Report on vaccination in Madras 1922-1929 - 1922-1929
Year: 1922
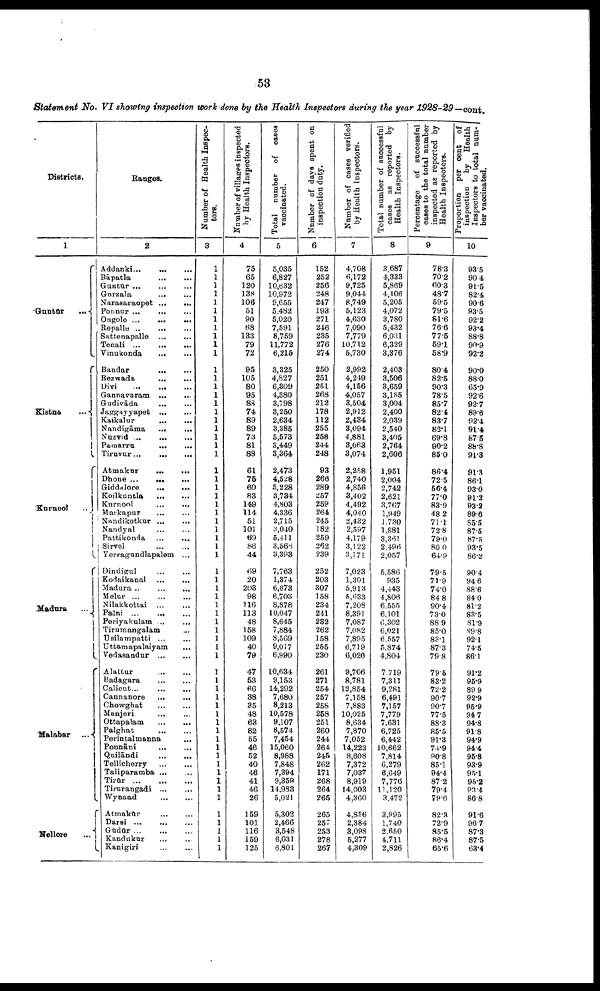
53
Statement No. VI showing inspection work done by the Health Inspectors during the year 1928-29—cont.
Districts.
1
Guntūr …
Kistna
...
Kurnool
...
Madura ...
Malabar ...
Nellore ...
Ranges.
2
Addanki ...
…
…
Bāpatla
…
…
Guntūr ...
... ...
Gurzala
...
... ...
Narasaraopet
...
...
Ponnur ... ... ...
Ongole
...
...
...
Repalle
...
...
...
Sattenapalle
...
...
Tenali
...
...
...
Vinukonda ... ...
Bandar
...
...
Bezwada
...
...
Divi
...
...
...
Gannavaram
...
...
Gudivāda
…
…
Jaggayyapet … …
Kaikalur
...
...
Nandigāma
...
...
Nuzvid … … …
Pamarru
…
…
Tiruvur … … …
Atmakur
…
…
Dhone ...
...
...
Giddalore
…
…
Koilkuntla … …
Kurnool
...
...
Markapur
…
…
Nandikotkur … …
Nandyal … …
Pattikonda
…
…
Sirvel … …
Yerragundlapalem ...
Dindigul
…
…
Kodaikanal
…
…
Madura ... … …
Melur ...
…
…
Nilakkottai … …
Palni
…
…
…
Periyakulam … …
Tirumangalam …
Usilampatti … …
Uttamapalaiyam
...
Vedasandur … …
Alattur
…
…
Badagara
...
...
Calicut ...
…
…
Cannanore
...
...
Chowghat … …
Manjeri
…
…
Ottapalam
...
...
Palghat
…
…
Perintalmanna …
Ponnāni
…
…
Quilāndi
...
...
Tellicherry
…
…
Taliparamba … …
Tirūr
…
…
…
Tirurangadi … …
Wynaad
…
…
Atmakūr
...
...
Darsi
...
...
...
Gūdūr … … …
Kandukur … …
Kanigiri … …
Number of Health Inspec
tors.
3
1
1
1
1
1
1
1
1
1
1
1
1
1
1
1
1
1
1
1
1
1
1
1
1
1
1
1
1
1
1
1
1
1
1
1
1
1
1
1
1
1
1
1
1
1
1
1
1
1
1
1
1
1
1
1
1
1
1
1
1
1
1
1
1
1
Number of villages inspected
by Health Inspectors.
4
75
65
120
138
106
51
90
68
133
79
72
95
105
80
95
88
74
89
89
73
81
88
61
75
60
83
149
114
51
101
69
86
44
69
20
203
98
116
113
48
158
109
40
79
47
53
66
38
35
48
63
82
55
46
52
40
46
41
46
26
159
101
116
159
125
Total number of cases
vaccinated.
5
5,035
6,827
10,632
10,972
9,655
5,482
5,020
7,591
8,759
11,772
6,215
3,325
4,827
6,309
4,380
3,798
3,250
2,634
3,385
5,573
3,449
3,364
2,473
4,528
5,228
3,734
4,803
4,336
2,715
3,040
5,411
3,566
3,393
7,763
1,374
6,673
6,703
8,878
10,047
8,645
7,884
8,569
9,017
6,990
10,634
9,153
14,292
7,680
8,213
10,578
9,107
8,574
7,454
15,060
8,988
7,848
7,394
9,359
14,983
5,021
5,302
2,466
3,548
6,031
6,801
Number of days spent on
inspection duty.
6
152
252
256
248
247
193
271
246
235
276
274
250
251
251
268
212
178
112
255
258
244
248
93
266
289
257
259
264
245
182
259
262
239
252
203
307
158
234
241
232
262
158
255
230
261
271
254
257
258
258
251
260
244
264
245
262
171
268
264
265
265
257
253
278
267
Number of cases verified
by Health Inspectors.
7
4,708
6,172
9,725
9,044
8,749
5,123
4,630
7,090
7,779
10,712
5,730
2,992
4,249
4,156
4,057
3,504
2,912
2,434
3,094
4,881
3,063
3,074
2,258
2,740
4,856
3,402
4,492
4,040
2,432
2,597
4,179
3,122
3,171
7,023
1,301
5,913
5,633
7,208
8,391
7,087
7,082
7,895
6,719
6,020
9,706
8,781
12,854
7,158
7,883
10,025
8,634
7,870
7,052
14,223
8,608
7,372
7,037
8,919
14,003
4,360
4,856
2,384
3,098
5,277
4,309
Total number of successful
cases as reported by
Health Inspectors.
8
3,687
4,333
5,869
4,406
5,205
4,072
3,780
5,432
6,031
6,329
3,376
2,403
3,506
3,659
3,185
3,004
2,400
2,039
2,540
3,405
2,764
2,606
1,951
2,004
2,742
2,621
3,767
1,949
1,730
1,881
3,361
2,496
2,057
5,586
935
4,443
4,806
6,555
6,101
6,302
6,021
6,557
5,874
4,804
7,719
7,311
9,281
6,491
7,157
7,779
7,631
6,725
6,442
10,662
7,814
6,279
6,649
7,776
11,120
3,472
3,995
1,740
2,650
4,711
2,826
Percentage of successful
cases to the total number
inspected as reported by
Health Inspectors.
9
78.3
70.2
60.3
48.7
59.5
79.5
81.6
76.6
77.5
59.1
58.9
80.4
82.5
90.3
78.5
85.7
82.4
83.7
82.1
69.8
90.2
85.0
86.4
72.5
56.4
77.0
83.9
48.2
71.1
72.8
79.0
80.0
64.9
79.5
71.9
74.0
84.8
90.4
73.0
88.9
85.0
83.1
87.3
79.8
79.5
83.2
72.2
90.7
90.7
77.5
88.3
85.5
91.3
74.9
90.8
85.1
94.4
87.2
79.4
79.6
82.3
72.9
85.5
86.4
65.6
Proportion per cent of
inspection
by Health
Inspectors to total num¬
ber vaccinated.
10
93.5
90.4
91.5
82.4
90.6
93.5
92.2
93.4
88.8
90.9
92.2
90.0
88.0
65.9
92.6
92.7
89.6
92.4
91.4
87.5
88.8
91.3
91.3
86.1
93.0
91.2
93.2
89.6
85.5
87.5
87.5
93.5
86.2
90.4
94.6
88.6
84.0
81.2
83.5
81.9
89.8
92.1
74.5
86.1
91.2
95.9
89.9
92.9
95.9
94.7
94.8
91.8
94.9
94.4
95.8
93.9
95.1
95.2
93.4
86.8
91.6
96.7
87.3
87.5
63.4